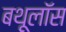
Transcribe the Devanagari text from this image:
बथूलॉस